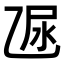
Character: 𠃮